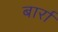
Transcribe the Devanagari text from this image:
बार्रा